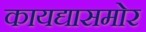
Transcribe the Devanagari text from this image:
कायद्यासमोर